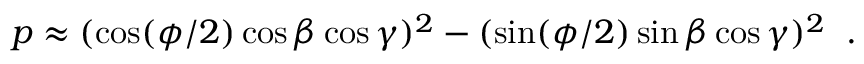
p \approx ( \cos ( \phi / 2 ) \cos \beta \cos \gamma ) ^ { 2 } - ( \sin ( \phi / 2 ) \sin \beta \cos \gamma ) ^ { 2 } \; \; .